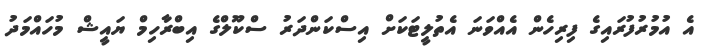
އެ އުމުރުފުރައިގެ ފިރިހެން އެއްވަނަ އެތުލީޓަކަށް އިސްކަންދަރު ސްކޫލްގެ އިބްރާހިމް ޔައީޝް މުހައްމަދު